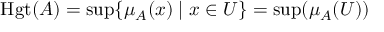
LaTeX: \operatorname { H g t } ( A ) = \operatorname* { s u p } \{ \mu _ { A } ( x ) \mid x \in { U } \} = \operatorname* { s u p } ( \mu _ { A } ( U ) )